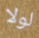
لولا